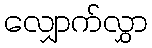
လျှောက်လွှာ